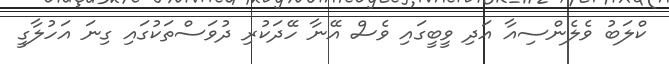
ކްލަބު ވެލެންސިއާ އަދި ވީބީގައި ވެސް އޭނާ ހޭދަކުރި ދުވަސްތަކުގައި ގިނަ އަހުލާގީ